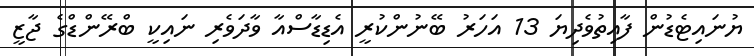
ޔުނައިޓެޑުން ފާއިތުވެދިޔަ 13 އަހަރު ބޭނުންކުރީ އެޑިޑާސްއާ ވާދަވެރި ނައިކީ ބްރޭންޑްގެ ޖާޒީ